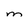
Character: m